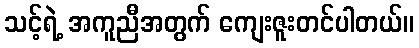
သင့်ရဲ့ အကူညီအတွက် ကျေးဇူးတင်ပါတယ်။